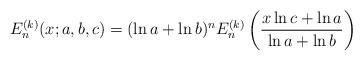
LaTeX: \begin{align*}{E}^{(k)}_n(x;a,b,c)=(\ln a+\ln b)^n{E}^{(k)}_n\left(\frac{x\ln c+\ln a}{\ln a+\ln b}\right)\end{align*}